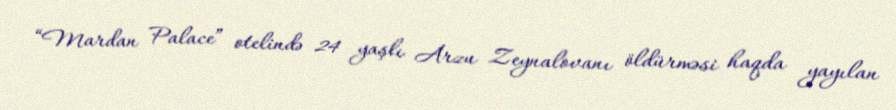
“Mardan Palace” otelində 24 yaşlı Arzu Zeynalovanı öldürməsi haqda yayılan